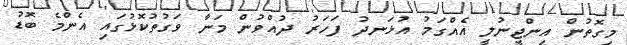
މިގޮތުން އިންޖީނުލީ އެއްގަމު އުޅަނދު ފަހަރު ދުއްވުން މަނާ ވަގުތުކޮޅުގައި އެންމެ ބޮޑު